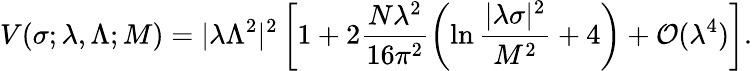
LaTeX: V(\sigma;\lambda,\Lambda;M)=|\lambda\Lambda^{2}|^{2}\left[1+2\frac{N\lambda^{2}}{16\pi^{2}}\left(\ln\frac{|\lambda\sigma|^{2}}{M^{2}}+4\right)+{\cal O}(\lambda^{4})\right].